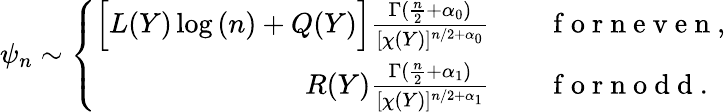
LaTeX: \psi_{n}\sim\left\{ \begin{array}{rl}{\Big[L(Y)\log{(n)}+Q(Y)\Big]\frac{\Gamma(\frac{n}{2}+\alpha_{0})}{[\chi(Y)]^{n/2+\alpha_{0}}}}&{{}\quad\mathrm{~f~o~r~n~e~v~e~n~},}\\ {R(Y)\frac{\Gamma(\frac{n}{2}+\alpha_{1})}{[\chi(Y)]^{n/2+\alpha_{1}}}}&{{}\quad\mathrm{~f~o~r~n~o~d~d~}.}\end{array}\right.